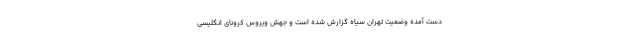
دست آمده وضعیت تهران سیاه گزارش شده است و جهش ویروس کرونای انگلیسی